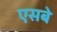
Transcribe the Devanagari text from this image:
एसबे